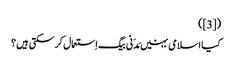
([3])
کیا اسلامی بہنیں مَدَنی بیگ اِستعمال کر سکتی ہیں؟